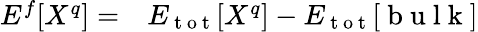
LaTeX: \begin{array}{rl}{E^{f}[X^{q}]=}&{{}E_{\mathrm{~t~o~t~}}[X^{q}]-E_{\mathrm{~t~o~t~}}[\mathrm{~b~u~l~k~}]}\end{array}